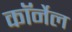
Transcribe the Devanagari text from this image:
काॅर्नेल